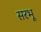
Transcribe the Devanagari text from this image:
सरभू